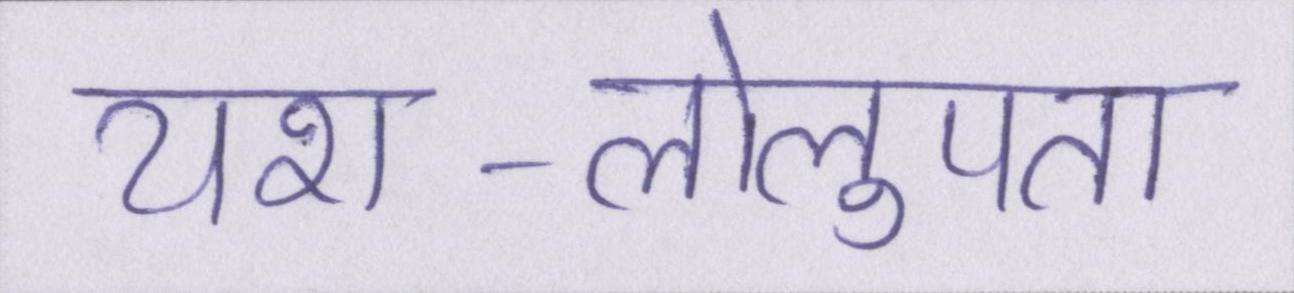
यश-लोलुपता